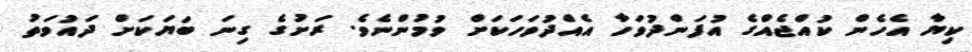
ކިޔާ އެހެން ކުއްޖެއްގެ އުފަންދުވަހާ އެއްދުވަހަކަށް ވުމުންނެވެ. ރަށުގެ ގިނަ ބަޔަކަށް ދައުވަތު